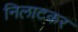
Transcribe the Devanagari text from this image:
निलाटकर